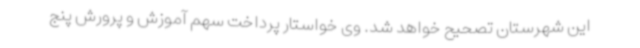
این شهرستان تصحیح خواهد شد. وی خواستار پرداخت سهم آموزش و پرورش پنج